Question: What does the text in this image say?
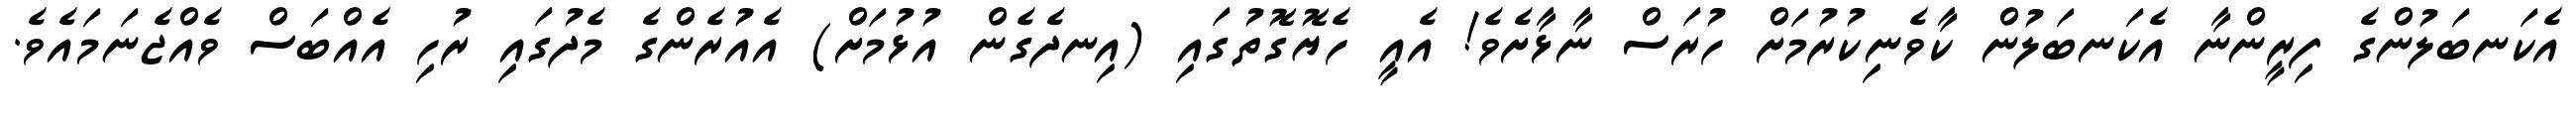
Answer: އެކަނބަލުންގެ ފިރީންނާ އެކަނބަލުން ކާވެނިކުރުމަށް ހުރަސް ނާޅާށެވެ! އެއީ ހެޔޮގޮތުގައި (އިނދެގެން އުޅުމަށް) އެއުރެންގެ މެދުގައި ރުހި އެއްބަސް ވެއްޖެނަމައެވެ.